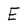
Character: E